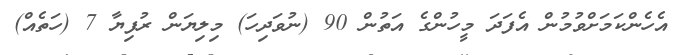
އެހެންކަމަށްވުމުން އެފަދަ މީހުންގެ އަތުން 90 (ނުވަދިހަ) މިލިޔަން ރުފިޔާ 7 (ހަތެއް)